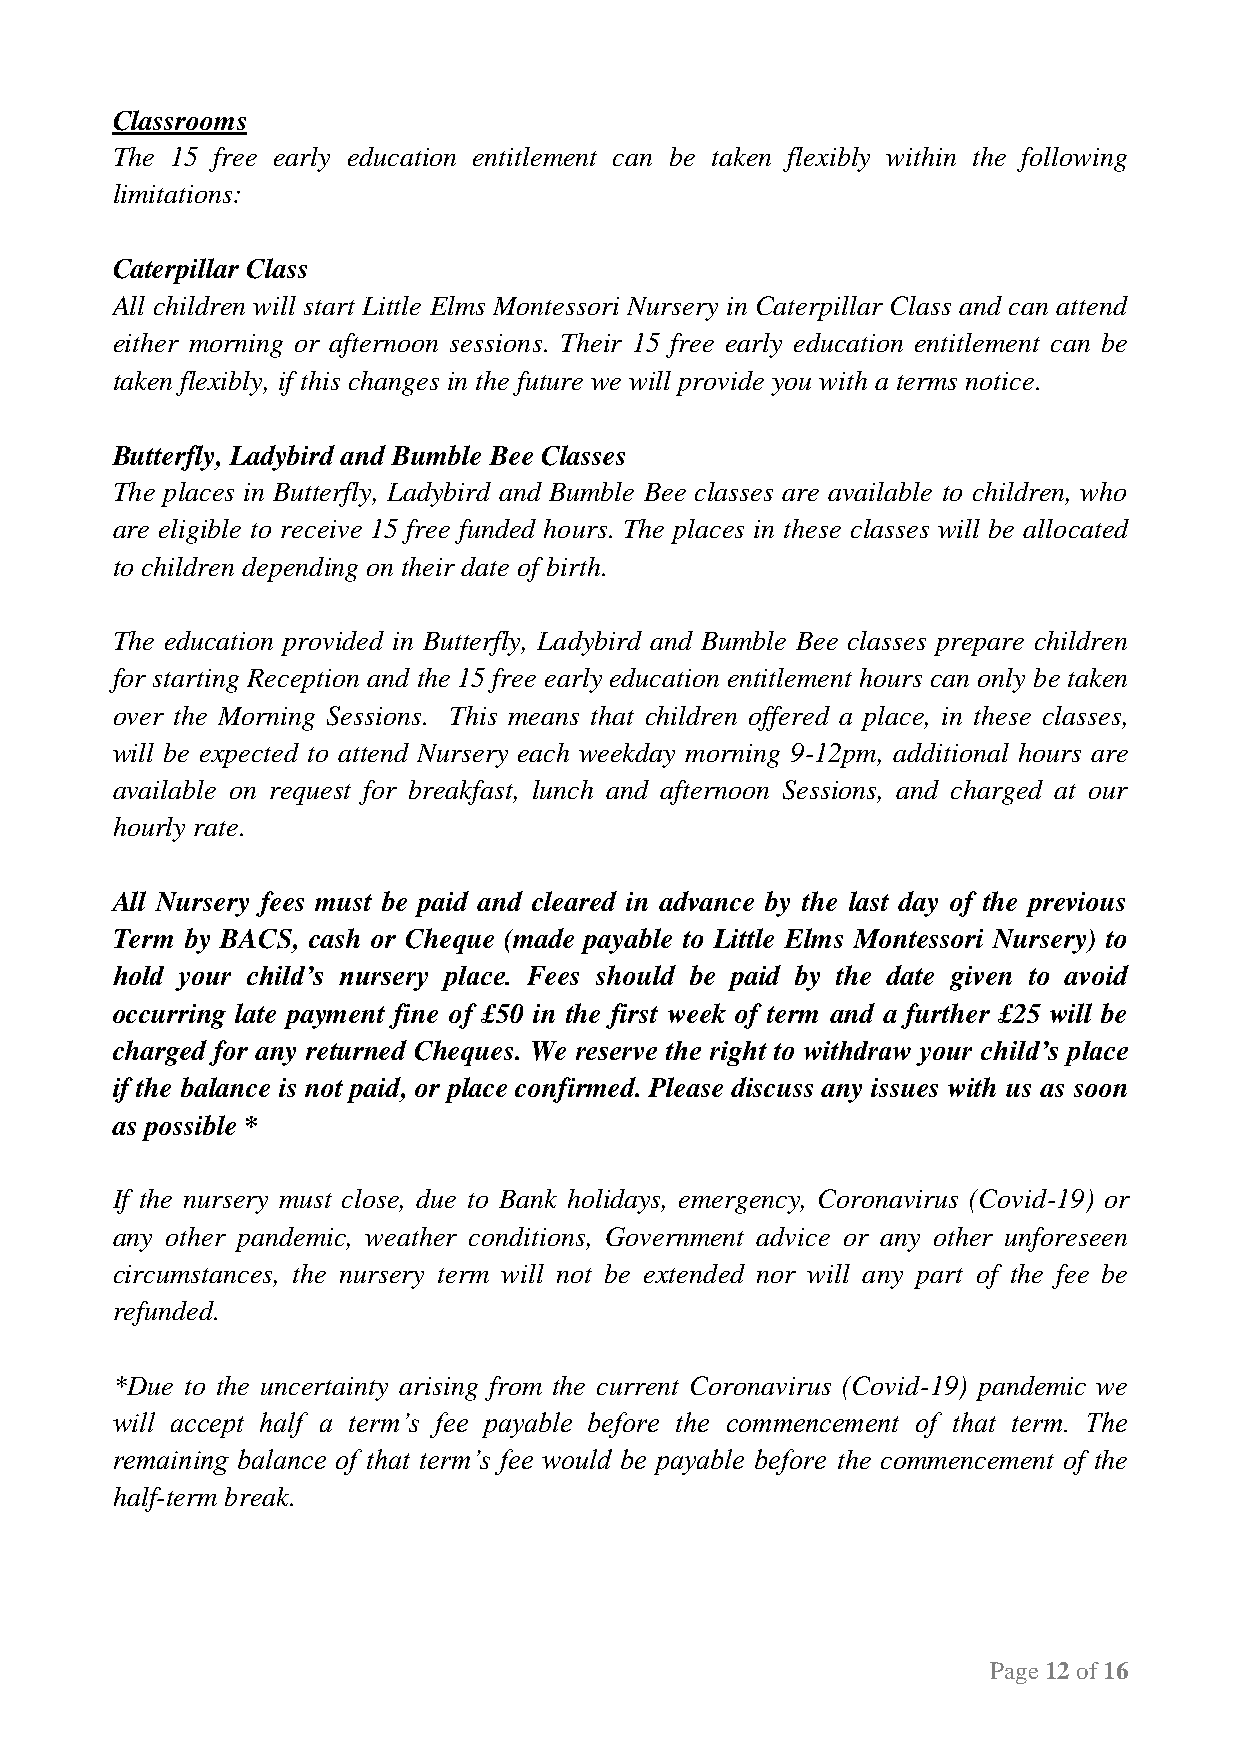
Classrooms
 The 15 free early education entitlement can be taken flexibly within the following
 limitations:
 Caterpillar Class
 All children will start Little Elms Montessori Nursery in Caterpillar Class and can attend
 either morning or afternoon sessions. Their 15 free early education entitlement can be
 taken flexibly, if this changes in the future we will provide you with a terms notice.
 Butterfly, Ladybird and Bumble Bee Classes
 The places in Butterfly, Ladybird and Bumble Bee classes are available to children, who
 are eligible to receive 15 free funded hours. The places in these classes will be allocated
 to children depending on their date of birth.
 The education provided in Butterfly, Ladybird and Bumble Bee classes prepare children
 for starting Reception and the 15 free early education entitlement hours can only be taken
 over the Morning Sessions. This means that children offered a place, in these classes,
 will be expected to attend Nursery each weekday morning 9-12pm, additional hours are
 available on request for breakfast, lunch and afternoon Sessions, and charged at our
 hourly rate.
 All Nursery fees must be paid and cleared in advance by the last day of the previous
 Term by BACS, cash or Cheque (made payable to Little Elms Montessori Nursery) to
 hold your child’s nursery place. Fees should be paid by the date given to avoid
 occurring late payment fine of £50 in the first week of term and a further £25 will be
 charged for any returned Cheques. We reserve the right to withdraw your child’s place
 if the balance is not paid, or place confirmed. Please discuss any issues with us as soon
 as possible *
 If the nursery must close, due to Bank holidays, emergency, Coronavirus (Covid-19) or
 any other pandemic, weather conditions, Government advice or any other unforeseen
 circumstances, the nursery term will not be extended nor will any part of the fee be
 refunded.
 *Due to the uncertainty arising from the current Coronavirus (Covid-19) pandemic we
 will accept half a term’s fee payable before the commencement of that term. The
 remaining balance of that term’s fee would be payable before the commencement of the
 half-term break.
 Page 12 of 16